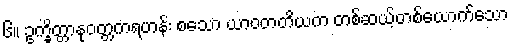
၆။ ဥက္ခိတ္တာနုဝတ္တကရဟန်း စသော ယာဝတတိယက တစ်ဆယ့်တစ်ယောက်သော